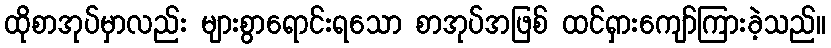
ထိုစာအုပ်မှာလည်း များစွာရောင်းရသော စာအုပ်အဖြစ် ထင်ရှားကျော်ကြားခဲ့သည်။